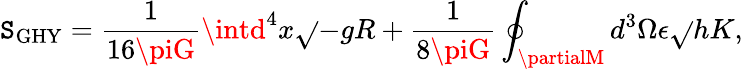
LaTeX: \mathtt{S}_{\mathrm{{GHY}}}=\frac{{1}}{{16\piG}}\intd^{4}x\sqrt{}{{-g}}R+\frac{{1}}{{8\piG}}\oint_{\partialM}d^{3}\Omega\epsilon\sqrt{}{{h}}K,